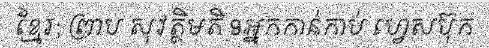
ខ្មែរ; ព្រាប សុវត្ថិមតិ 9អ្នកកាន់កាប់ ហ្វេសប៊ុក